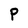
Character: P